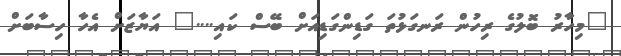
"މިހާރު ބޮލުގެ ރިހުން ރަނގަޅުތަ ގަޑިންގަޑިއަށް ބޭސް ކައި...." އަޔާޒަށް އެހާ ހިސާބަށް